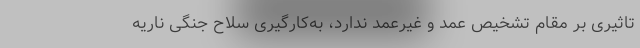
تاثیری بر مقام تشخیص عمد و غیرعمد ندارد، به‌کارگیری سلاح جنگی ناریه